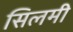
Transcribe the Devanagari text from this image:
सिलमी